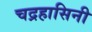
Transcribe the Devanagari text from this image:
चद्रहासिनी